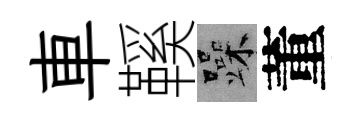
車鞵躁董